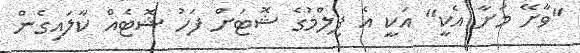
"ވާށޭ މަށާ އެކީ" އަކީ އެ ފިލްމުގެ ޝޮޓަށް ފަހު ޝޮޓެއް ކާލައިގެން